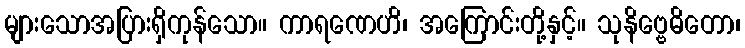
များသောအပြားရှိကုန်သော။ ကာရဏေဟိ၊ အကြောင်းတို့နှင့်။ သုနိဗ္ဗေဓိတော၊